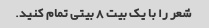
شعر را با یک بیت 8 بیتی تمام کنید.